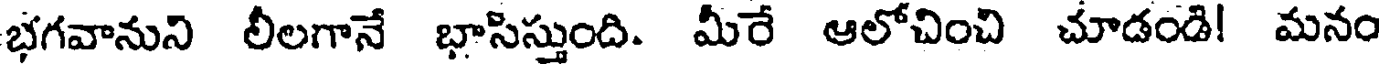
భగవానుని లీలగానే భాసిస్తుంది. మీరే ఆలోచించి చూడండి! మనం